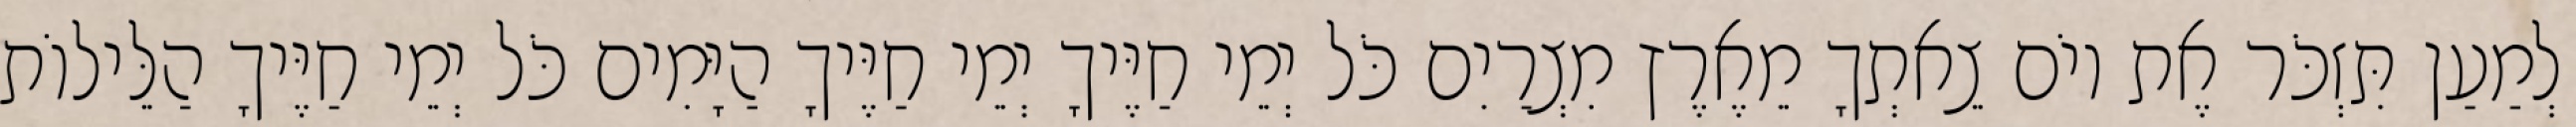
לְמַעַן תִּזְכֹּר אֶת יוֹם צֵאתְךָ מֵאֶרֶץ מִצְרַיִם כֹּל יְמֵי חַיֶּיךָ יְמֵי חַיֶּיךָ הַיָּמִים כֹּל יְמֵי חַיֶּיךָ הַלֵּילוֹת